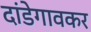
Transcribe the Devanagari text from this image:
दांडेगावकर